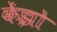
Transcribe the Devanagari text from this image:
केंझो